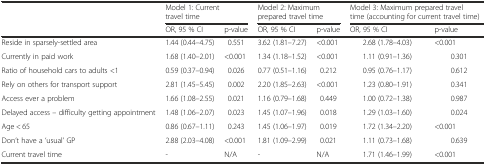
<table><thead><tr><td></td><td colspan="2"><b>Model 1: Current travel time</b></td><td colspan="2"><b>Model 2: Maximum prepared travel time</b></td><td colspan="2"><b>Model 3: Maximum prepared travel time (accounting for current travel time)</b></td></tr></thead><tbody><tr><td></td><td>OR, 95 % CI</td><td>p-value</td><td>OR, 95 % CI</td><td>p-value</td><td>OR, 95 % CI</td><td>p-value</td></tr><tr><td>Reside in sparsely-settled area</td><td>1.44 (0.44–4.75)</td><td>0.551</td><td>3.62 (1.81–7.27)</td><td>&lt;0.001</td><td>2.68 (1.78–4.03)</td><td>&lt;0.001</td></tr><tr><td>Currently in paid work</td><td>1.68 (1.40–2.01)</td><td>&lt;0.001</td><td>1.34 (1.18–1.52)</td><td>&lt;0.001</td><td>1.11 (0.91–1.36)</td><td>0.301</td></tr><tr><td>Ratio of household cars to adults &lt;1</td><td>0.59 (0.37–0.94)</td><td>0.026</td><td>0.77 (0.51–1.16)</td><td>0.212</td><td>0.95 (0.76–1.17)</td><td>0.612</td></tr><tr><td>Rely on others for transport support</td><td>2.81 (1.45–5.45)</td><td>0.002</td><td>2.20 (1.85–2.63)</td><td>&lt;0.001</td><td>1.23 (0.80–1.91)</td><td>0.341</td></tr><tr><td>Access ever a problem</td><td>1.66 (1.08–2.55)</td><td>0.021</td><td>1.16 (0.79–1.68)</td><td>0.449</td><td>1.00 (0.72–1.38)</td><td>0.987</td></tr><tr><td>Delayed access – difficulty getting appointment</td><td>1.48 (1.06–2.07)</td><td>0.023</td><td>1.45 (1.07–1.96)</td><td>0.018</td><td>1.29 (1.03–1.60)</td><td>0.024</td></tr><tr><td>Age &lt; 65</td><td>0.86 (0.67–1.11)</td><td>0.243</td><td>1.45 (1.06–1.97)</td><td>0.019</td><td>1.72 (1.34–2.20)</td><td>&lt;0.001</td></tr><tr><td>Don’t have a ‘usual’ GP</td><td>2.88 (2.03–4.08)</td><td>&lt;0.001</td><td>1.81 (1.09–2.99)</td><td>0.021</td><td>1.11 (0.73–1.68)</td><td>0.639</td></tr><tr><td>Current travel time</td><td>-</td><td>N/A</td><td>-</td><td>N/A</td><td>1.71 (1.46–1.99)</td><td>&lt;0.001</td></tr></tbody></table>